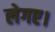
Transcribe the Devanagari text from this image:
लेगए।